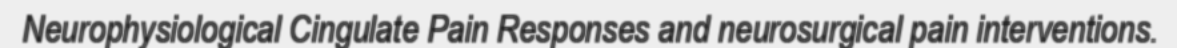
Neurophysiological Cingulate Pain Responses and neurosurgical pain interventions.